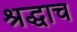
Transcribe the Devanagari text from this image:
श्रद्धाच